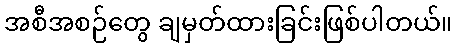
အစီအစဉ်တွေ ချမှတ်ထားခြင်းဖြစ်ပါတယ်။